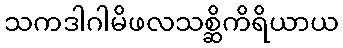
သကဒါဂါမိဖလသစ္ဆိကိရိယာယ